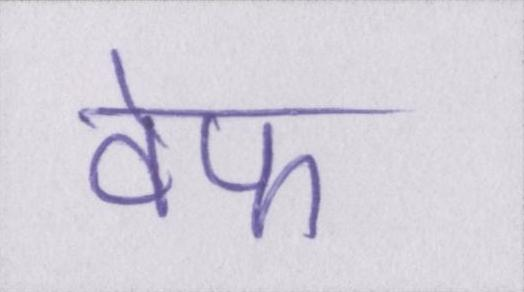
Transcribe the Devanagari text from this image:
वेफ